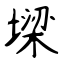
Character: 墚